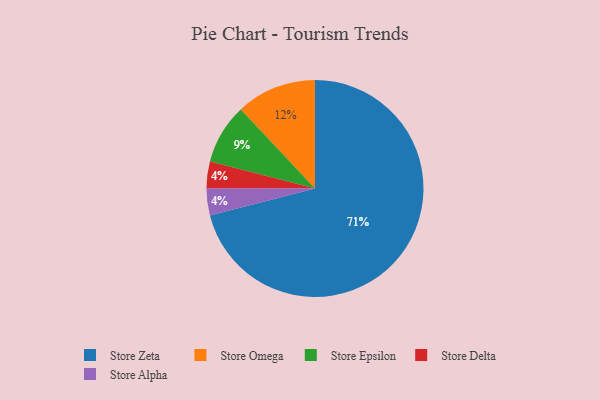
{"axis": {"x": "Category", "y": "Percentage"}, "legend": ["Store Alpha", "Store Delta", "Store Epsilon", "Store Omega", "Store Zeta"], "data": [{"x": "Store Zeta", "y": 71, "type": "Store Zeta"}, {"x": "Store Omega", "y": 12, "type": "Store Omega"}, {"x": "Store Delta", "y": 4, "type": "Store Delta"}, {"x": "Store Epsilon", "y": 9, "type": "Store Epsilon"}, {"x": "Store Alpha", "y": 4, "type": "Store Alpha"}]}